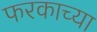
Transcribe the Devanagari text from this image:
फरकाच्या